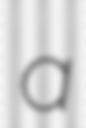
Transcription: a